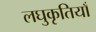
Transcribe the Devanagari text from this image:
लघुकृतियाँ